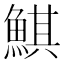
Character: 鯕